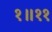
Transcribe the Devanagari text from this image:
१॥११